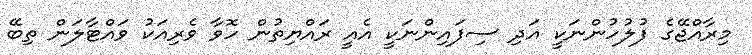
މިރާއްޖޭގެ ފުލުހުންނަކީ އަދި ސިފައިންނަކީ އެއީ ރައްޔިތުން ހޮވާ ވެރިއަކު ވައްޓާލަން ތިބޭ